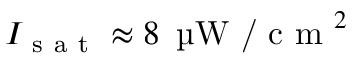
I _ { \mathrm { ~ s ~ a ~ t ~ } } \approx 8 \, \textrm { \textmu W / c m } ^ { 2 }